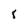
Character: 8